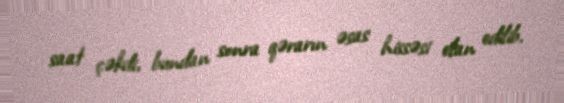
saat çəkdi, bundan sonra qərarın əsas hissəsi elan edilib.